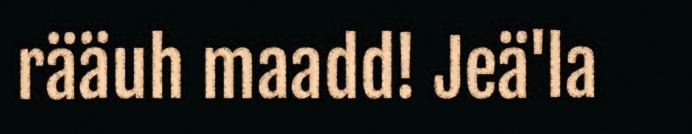
rääuh maadd! Jeä'la